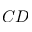
C D